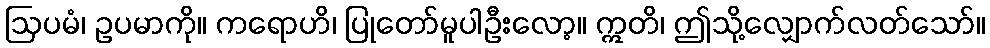
ဩပမံ၊ ဥပမာကို။ ကရောဟိ၊ ပြုတော်မူပါဦးလော့။ ဣတိ၊ ဤသို့လျှောက်လတ်သော်။